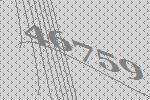
46759